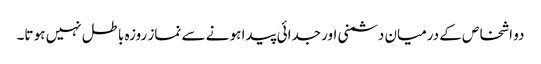
دو اشخاص کے درمیان دشمنی اور جدائی پیدا ہو نے سے نماز روزہ باطل نہیں ہو تا۔